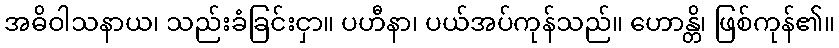
အဓိဝါသနာယ၊ သည်းခံခြင်းငှာ။ ပဟီနာ၊ ပယ်အပ်ကုန်သည်။ ဟောန္တိ၊ ဖြစ်ကုန်၏။